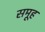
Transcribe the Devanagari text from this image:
समूूह